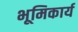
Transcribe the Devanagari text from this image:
भूमिकार्य